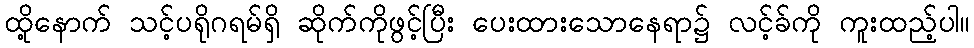
ထို့နောက် သင့်ပရိုဂရမ်ရှိ ဆိုက်ကိုဖွင့်ပြီး ပေးထားသောနေရာ၌ လင့်ခ်ကို ကူးထည့်ပါ။